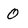
Character: 0